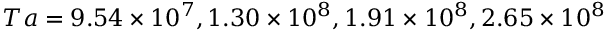
T a = 9 . 5 4 \times 1 0 ^ { 7 } , 1 . 3 0 \times 1 0 ^ { 8 } , 1 . 9 1 \times 1 0 ^ { 8 } , 2 . 6 5 \times 1 0 ^ { 8 }